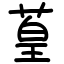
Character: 葟